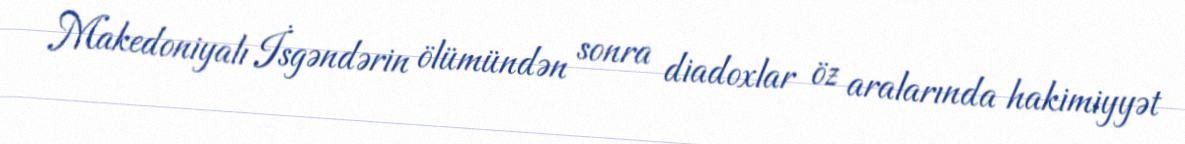
Makedoniyalı İsgəndərin ölümündən sonra diadoxlar öz aralarında hakimiyyət